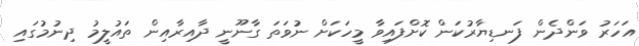
އަހަރު ވަންދެން ފަނޑިޔާރުކަން ކޮށްފައިވާ މީހަކަށް ނުވަތަ ގާނޫނީ ދާއިރާއިން ތައުލީމު ދިނުމުގައި